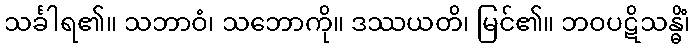
သင်္ခါရ၏။ သဘာဝံ၊ သဘောကို။ ဒဿယတိ၊ မြင်၏။ ဘဝပဋိသန္ဓိံ၊